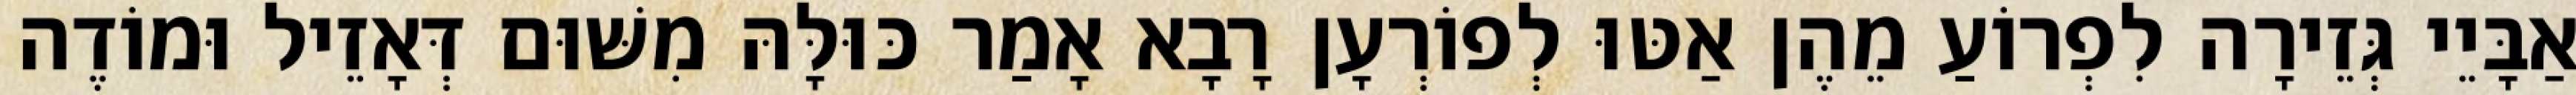
אַבָּיֵי גְּזֵירָה לִפְרוֹעַ מֵהֶן אַטּוּ לְפוֹרְעָן רָבָא אָמַר כּוּלָּהּ מִשּׁוּם דְּאָזֵיל וּמוֹדֶה